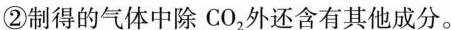
②制得的气体中除CO_{2}外还含有其他成分。